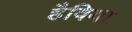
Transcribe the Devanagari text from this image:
हैविया